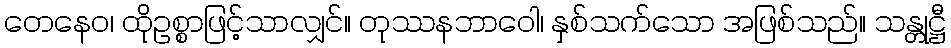
တေနေဝ၊ ထိုဥစ္စာဖြင့်သာလျှင်။ တုဿနဘာဝေါ၊ နှစ်သက်သော အဖြစ်သည်။ သန္တုဋ္ဌီ